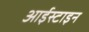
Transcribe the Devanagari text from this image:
आईस्टाइन